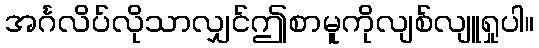
အင်္ဂလိပ်လိုသာလျှင်ဤစာမူကိုလျစ်လျူရှုပါ။